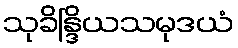
သုခိန္ဒြိယသမုဒယံ